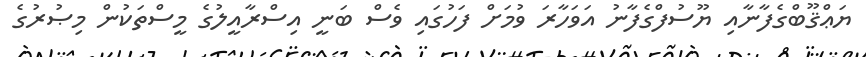
ޔަޢްޤޫބްގެފާނާއި ޔޫސުފްގެފާނު އަވަހާރަ ވުމަށް ފަހުގައި ވެސް ބަނީ އިސްރާއީލުގެ މީސްތަކުން މިޞުރުގެ